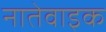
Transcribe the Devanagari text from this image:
नातेवाइक